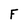
Character: F